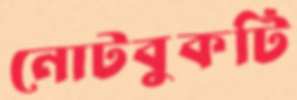
নোটবুকটি